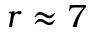
r \approx 7